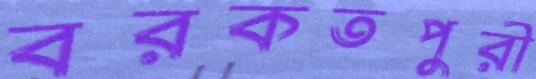
বরকতপুরী